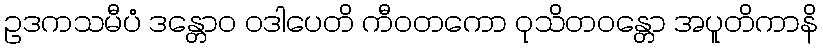
ဥဒကသမီပံ ဒန္တောဝ ဝဒါပေတိ ကီဝတကော ဝုသိတဝန္တော အပူတိကာနိ